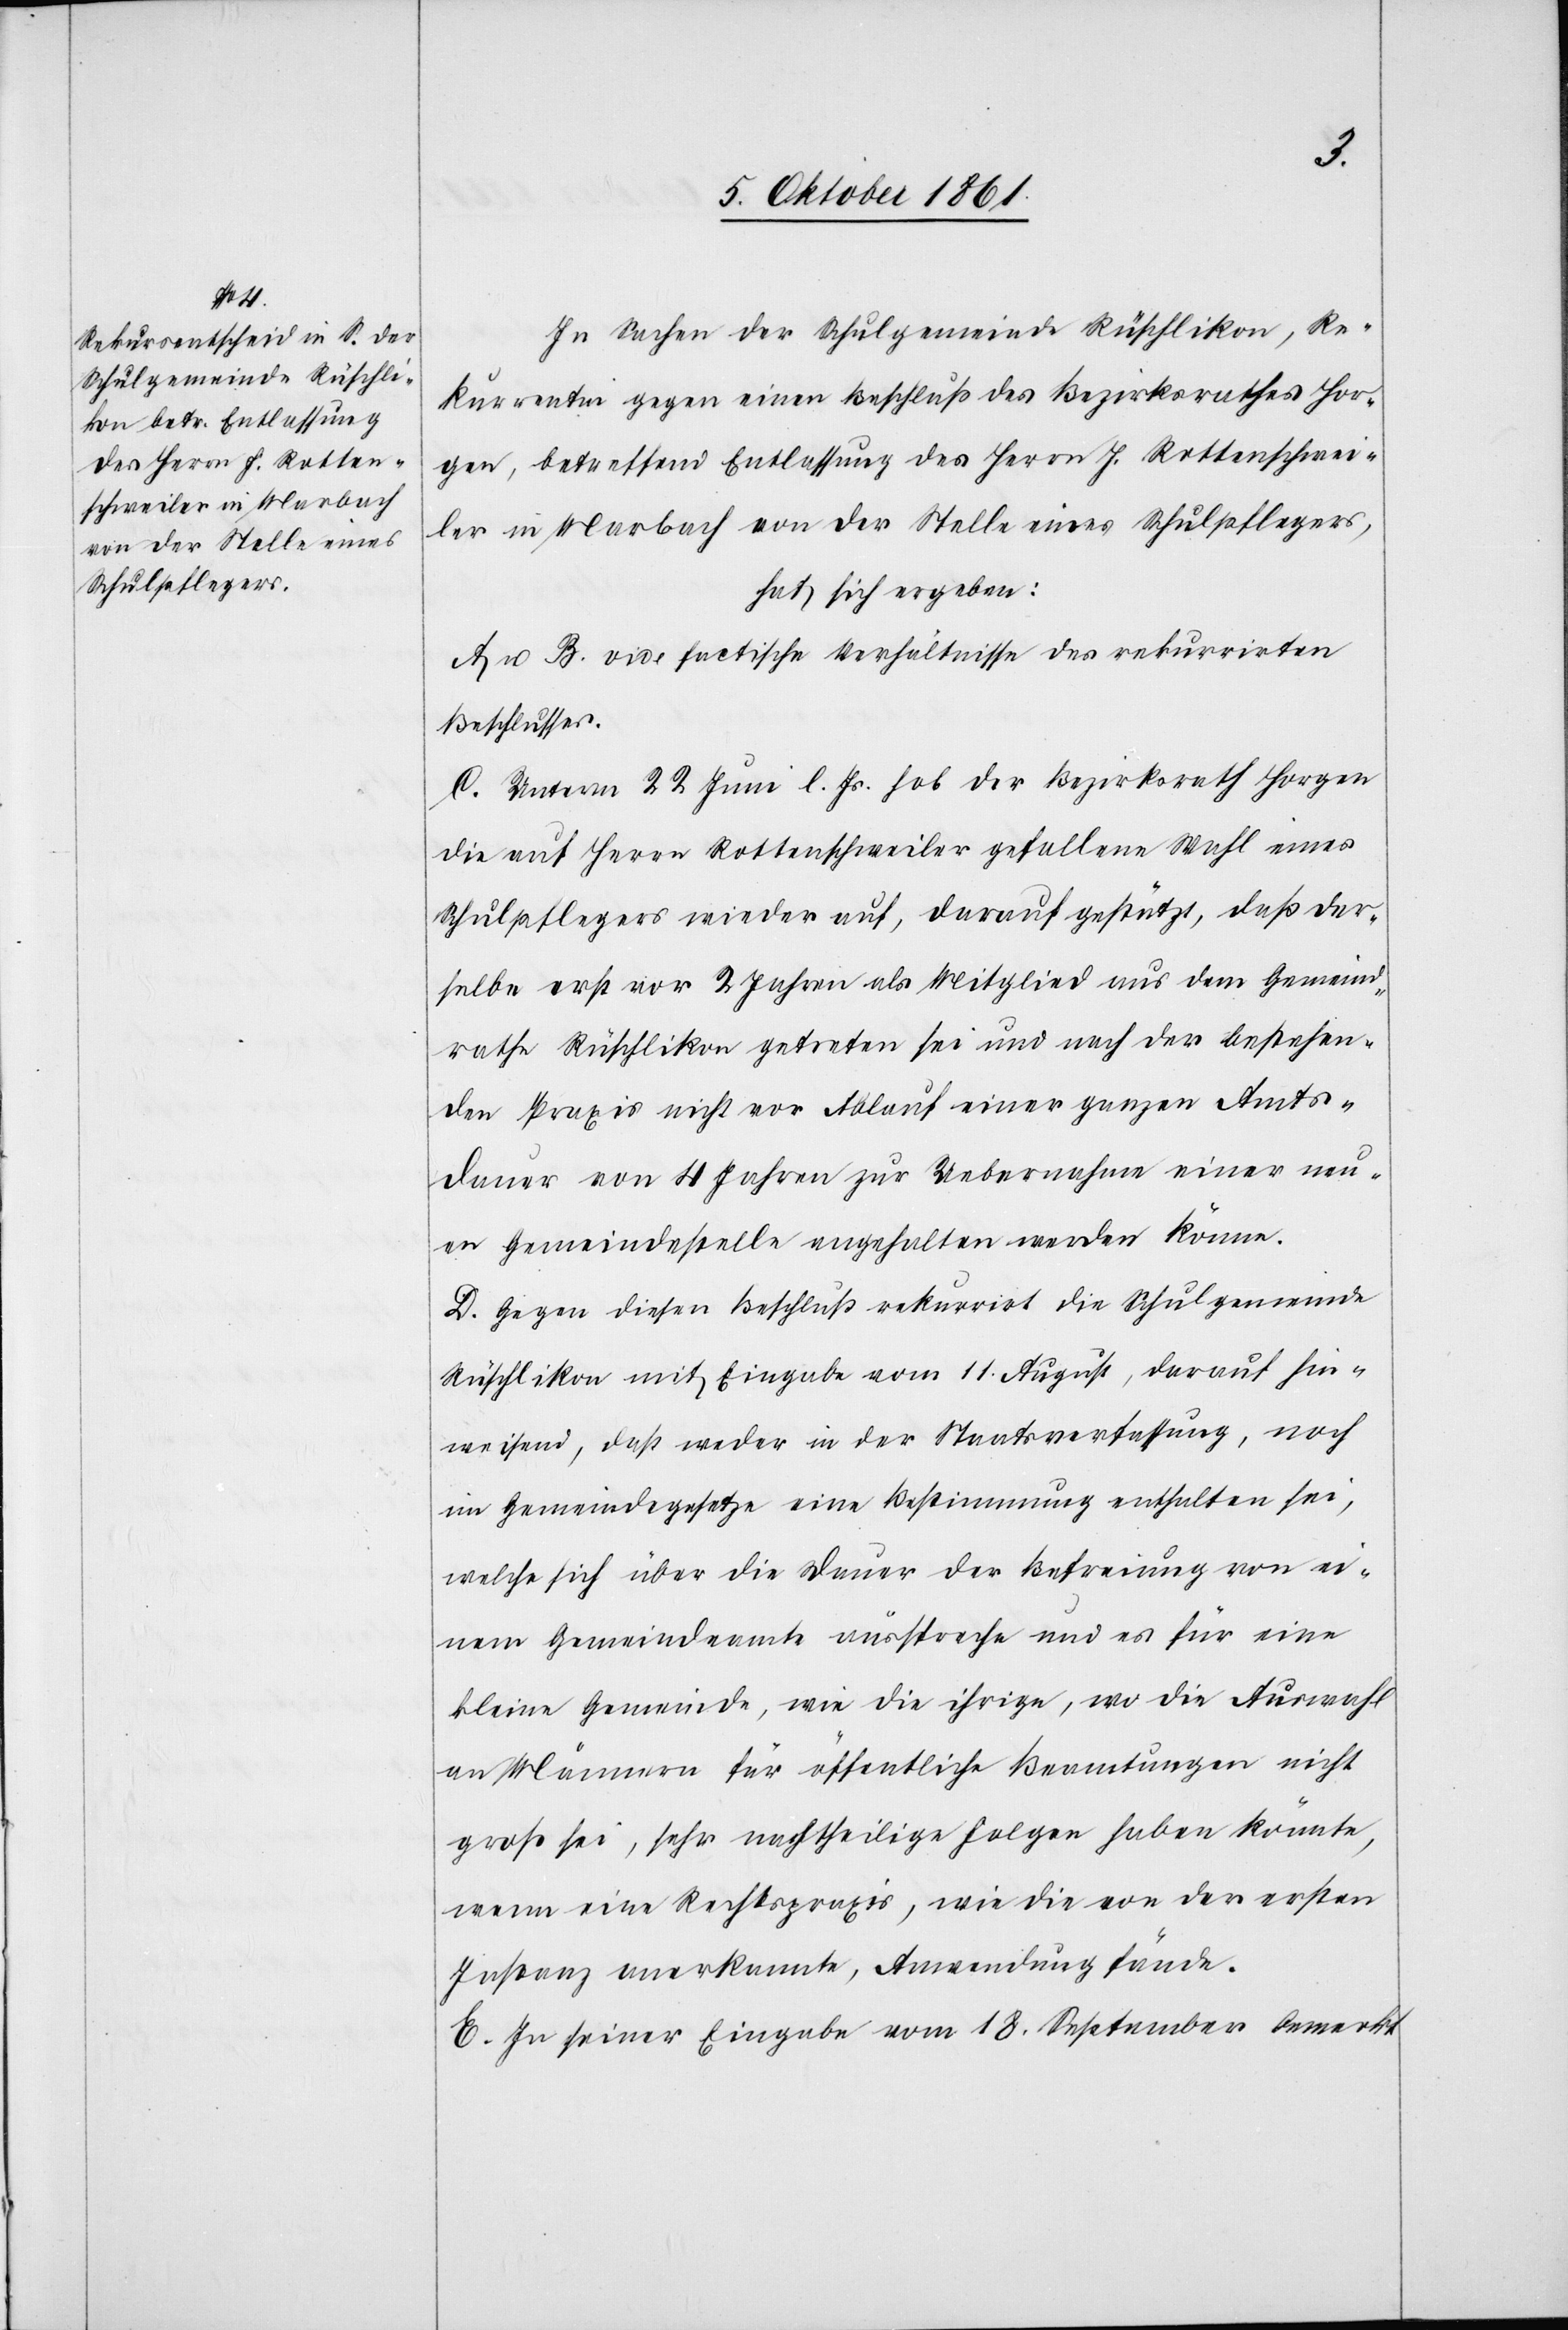
In Sachen der Schulgemeinde Rüschlikon, Re¬
kurrentin gegen einen Beschluß des Bezirksrathes Hor¬
gen, betreffend Entlassung des Herrn J. Rottenschwei¬
ler in Marbach von der Stelle eines Schulpflegers,
hat sich ergeben:
A. u. B. vide factische Verhältnisse des rekurrirten
Beschlusses.
C. Unterm 22 Juni l. Js. hob der Bezirksrath Horgen
die auf Herrn Rottenschweiler gefallene Wahl eines
Schulpflegers wieder auf, darauf gestützt, daß der¬
selbe erst vor 2 Jahren als Mitglied aus dem Gemeind¬
rathe Rüschlikon getreten sei und nach der anstehen¬
den Praxis nicht vor Ablauf einer ganzen Amts¬
dauer von 4 Jahren zur Uebernahme einer neu¬
en Gemeindestelle angehalten werden könne.
D. Gegen diesen Beschluß rekurrirt die Schulgemeinde
Rüschlikon mit Eingabe vom 11 August, darauf hin¬
weisend, daß weder in der Staatsverfassung, noch
im Gemeindsgesetze eine Bestimmung enthalten sei,
welche sich über die Dauer der Befreiung von ei¬
nem Gemeindeamte ausspreche und es für eine
kleine Gemeinde, wie die ihrige, wo die Auswahl
an Männern für öffentliche Beamtungen nicht
groß sei, sehr nachtheilige Folgen haben könnte,
wenn eine Rechtspraxis, wie die von der ersten
Instanz anerkannte, Anwendung fände.
E. In seiner Eingabe vom 18 September bemerkt